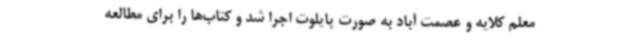
معلم کلایه و عصمت آباد به صورت پایلوت اجرا شد و کتاب‌ها را برای مطالعه